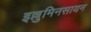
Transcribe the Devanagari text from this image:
इल्लुमिनसायन